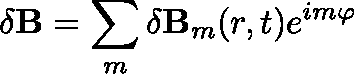
\mathbf { \delta B } = \sum _ { m } \delta \mathbf { B } _ { m } ( r , t ) e ^ { i m \varphi }